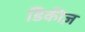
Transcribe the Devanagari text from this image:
डिकीज़